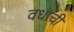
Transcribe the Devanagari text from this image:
वधाची